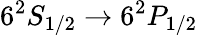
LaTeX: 6^{2}S_{1/2}\rightarrow 6^{2}P_{1/2}